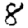
Digit: 8